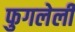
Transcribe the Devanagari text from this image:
फुगलेली